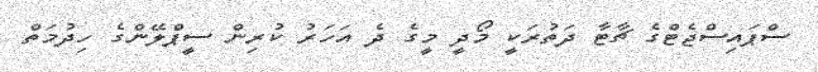
ސްޕައިސްޖެޓްގެ ޗާޓާ ދަތުރަކީ މޯދީ މީގެ ދެ އަހަރު ކުރިން ސީޕްލޭންގެ ހިދުމަތް